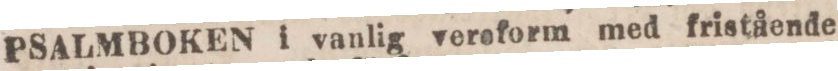
PSALMBOKEN i vanlig veroform med fristående